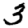
Digit: 3